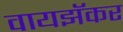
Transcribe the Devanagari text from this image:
वायझॅकर